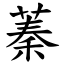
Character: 蓁